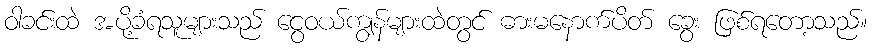
ဝါခင်းထဲ အပို့ခံရသူများသည် ငွေဝယ်ကျွန်များထဲတွင် ဓားမနောက်ပိတ် ခွေး ဖြစ်ရတော့သည်။